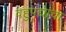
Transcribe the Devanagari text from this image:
वहुपद्यांचा